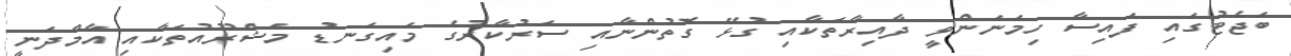
ބަޖެޓުގައި ފައިސާ ހިމަނަންވީ ދާއިރާތަކާއި ގުޅޭ ގޮތުންނާއި ސަރުކާރުގެ މައިގަނޑު މަޝްރޫއުތަކާއި އާމްދަނީ